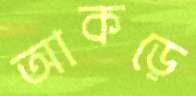
আকড়ে